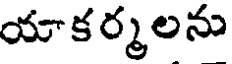
యాకర్మలను